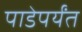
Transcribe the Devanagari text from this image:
पाडेपर्यंत